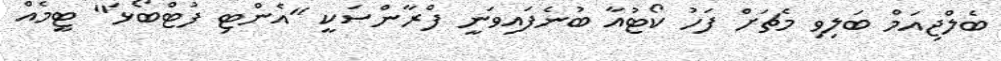
ބެލްޖިއަމް ބަލިވި މެޗަށް ފަހު ކޯޓުއާ ބުނެފައިވަނީ ފްރާންސަކީ "އެންޓި ފުޓްބޯޅަ" ޓީމެއް